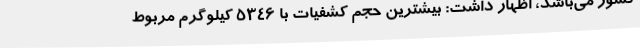
کشور می‌باشد،‌ اظهار داشت: بیشترین حجم کشفیات با 5346 کیلوگرم مربوط